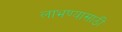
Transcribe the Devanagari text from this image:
लाभण्यासाठी